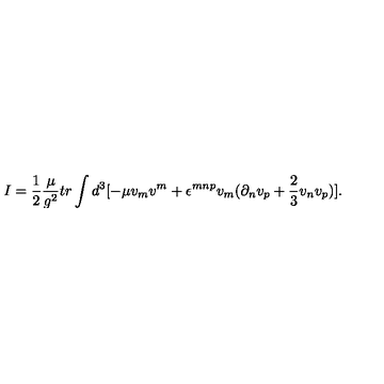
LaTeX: I = \frac { 1 } { 2 } \frac { \mu } { g ^ { 2 } } t r \int d ^ { 3 } [ - \mu v _ { m } v ^ { m } + \epsilon ^ { m n p } v _ { m } ( \partial _ { n } v _ { p } + \frac { 2 } { 3 } v _ { n } v _ { p } ) ] .